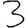
Digit: 3